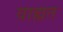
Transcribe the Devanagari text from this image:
वाह्यत